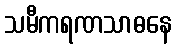
သမီကရဏသာဓနေ